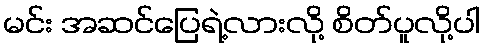
မင်း အဆင်ပြေရဲ့လားလို့ စိတ်ပူလို့ပါ